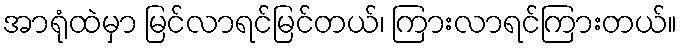
အာရုံထဲမှာ မြင်လာရင်မြင်တယ်၊ ကြားလာရင်ကြားတယ်။